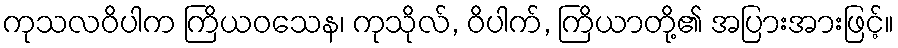
ကုသလဝိပါက ကြိယဝသေန၊ ကုသိုလ်, ဝိပါက်, ကြိယာတို့၏ အပြားအားဖြင့်။